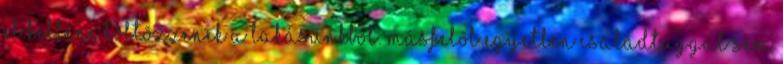
el kellene költõzzenek a lakásunkból. Másfelõl egyetlen családtaggal sem